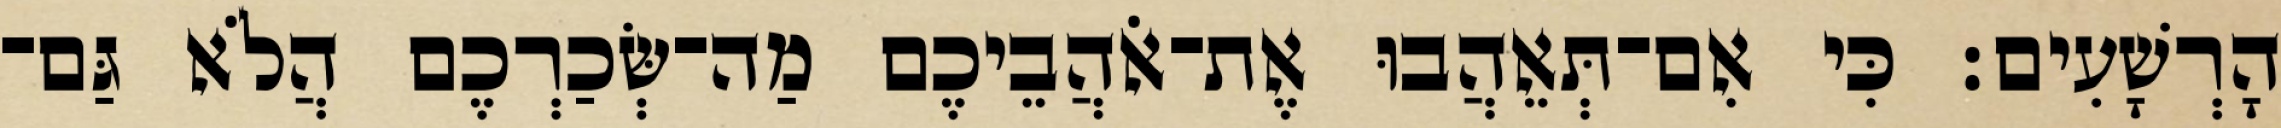
הָרְשָׁעִים׃ כִּי אִם־תְּאֵהֲבוּ אֶת־אֹהֲבֵיכֶם מַה־שְּׂכַרְכֶם הֲלֹא גַּם־